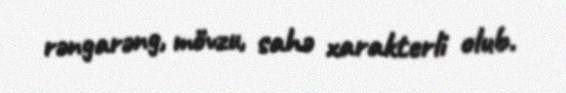
rəngarəng, mövzu, sahə xarakterli olub.